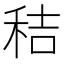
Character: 秸